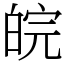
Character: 皖